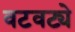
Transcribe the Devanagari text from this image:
वटवट्ये